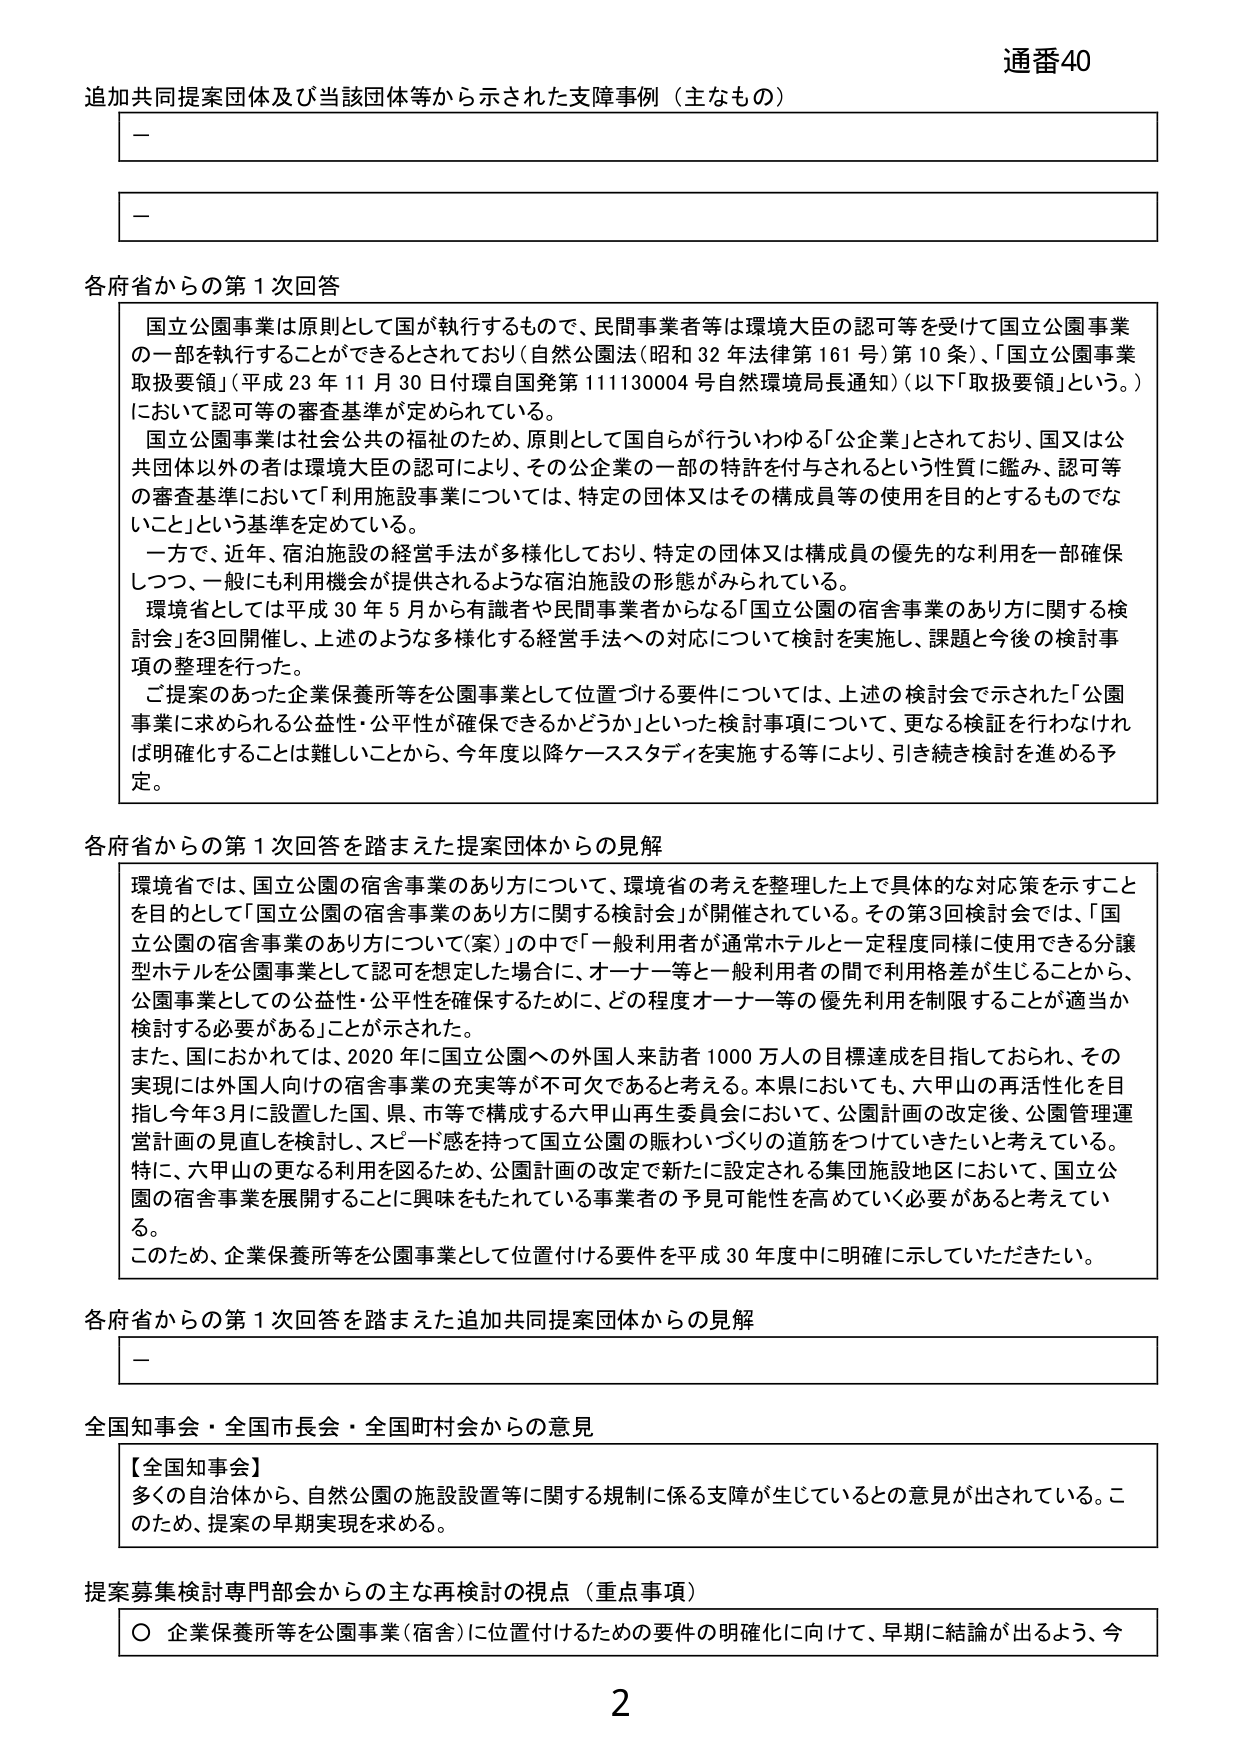
通番40
追加共同提案団体及び当該団体等から示された支障事例（主なもの）
－
－
各府省からの第1次回答
国立公園事業は原則として国が執行するもので、民間事業者等は環境大臣の認可等を受けて国立公園事業の一部を執行することができるがされており（自然公園法（昭和32年法律第161号）第10条）、「国立公園事業取扱要領」（平成23年11月30日付環自国発111130004号自然環境局長通知）（以下「取扱要領」という。）において認可等の審査基準が定められている。
国立公園事業は社会公共の福祉のため、原則として国自らが行ういわゆる「公企業」とされており、国又は公共団体以外の者は環境大臣の認可により、その公企業の一部の特許を付与されるという性質に鑑み、認可等の審査基準において「利用施設事業については、特定の団体又はその構成員等の使用を目的とするものでないこと」という基準を定めている。
一方で、近年、宿泊施設の経営手法が多様化しており、特定の団体又は構成員の優先的な利用を一部確保しつつ、一般にも利用機会が提供されるような宿泊施設の形態がみられている。
環境省としては平成30年5月から有識者や民間事業者からなる「国立公園の宿舎事業のあり方に関する検討会」を3回開催し、上述のような多様化する経営手法への対応について検討を実施し、課題と今後の検討事項の整理を行った。
ご提案のあった企業保養所等を公園事業として位置付ける要件については、上述の検討会で示された「公園事業に求められる公益性・公平性が確保できるかどうか」といった検討事項について、更なる検証を行わなければ明確化することは難しいことから、今年度以降ケーススタディを実施する等により、引き続き検討を進める予定。

各府省からの第1次回答を踏まえた提案団体からの見解
環境省では、国立公園の宿舎事業のあり方について、環境省の考えを整理した上で具体的な対応策を示すことを目的として「国立公園の宿舎事業のあり方に関する検討会」が開催されている。その第3回検討会では、「国立公園の宿舎事業のあり方について（案）」の中で「一般利用者が通常ホテルと一定程度同様に使用できる分譲型ホテルを公園事業として認可を想定した場合に、オーナー等と一般利用者の間で利用格差が生じることから、公園事業としての公益性・公平性を確保するために、どの程度オーナー等の優先利用を制限することが適当か検討する必要がある」ことが示された。
また、国におかれては、2020年に国立公園への外国人来訪者1000万人の目標達成を目指しておられ、その実現には外国人向けの宿舎事業の充実等が不可欠であると考える。本県においても、六甲山の再活性化を目指し今年3月に設置した国、県、市等で構成する六甲山再生委員会において、公園計画の改定後、公園管理運営計画の見直しを検討し、スピード感を持って国立公園の賑わいづくりの道筋をつけていきたいと考えている。特に、六甲山の更なる利用を図るため、公園計画の改定で新たに設定される集団施設地区において、国立公園の宿舎事業を展開することに興味をもたれている事業者の予見可能性を高めていく必要があると考えている。
このため、企業保養所等を公園事業として位置付ける要件を平成30年度中に明確に示していただきたい。

各府省からの第1次回答を踏まえた追加共同提案団体からの見解
－

全国知事会・全国市長会・全国町村会からの意見
【全国知事会】
多くの自治体から、自然公園の施設設置等に関する規制に係る支障が生じているとの意見が出されている。このため、提案の早期実現を求める。

提案募集検討専門部会からの主な再検討の視点（重点事項）
〇 企業保養所等を公園事業（宿舎）に位置付けるための要件の明確化に向けて、早期に結論が出るよう、今

2